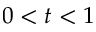
0 < t < 1